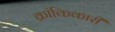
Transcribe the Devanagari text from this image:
क्रांकिकारी